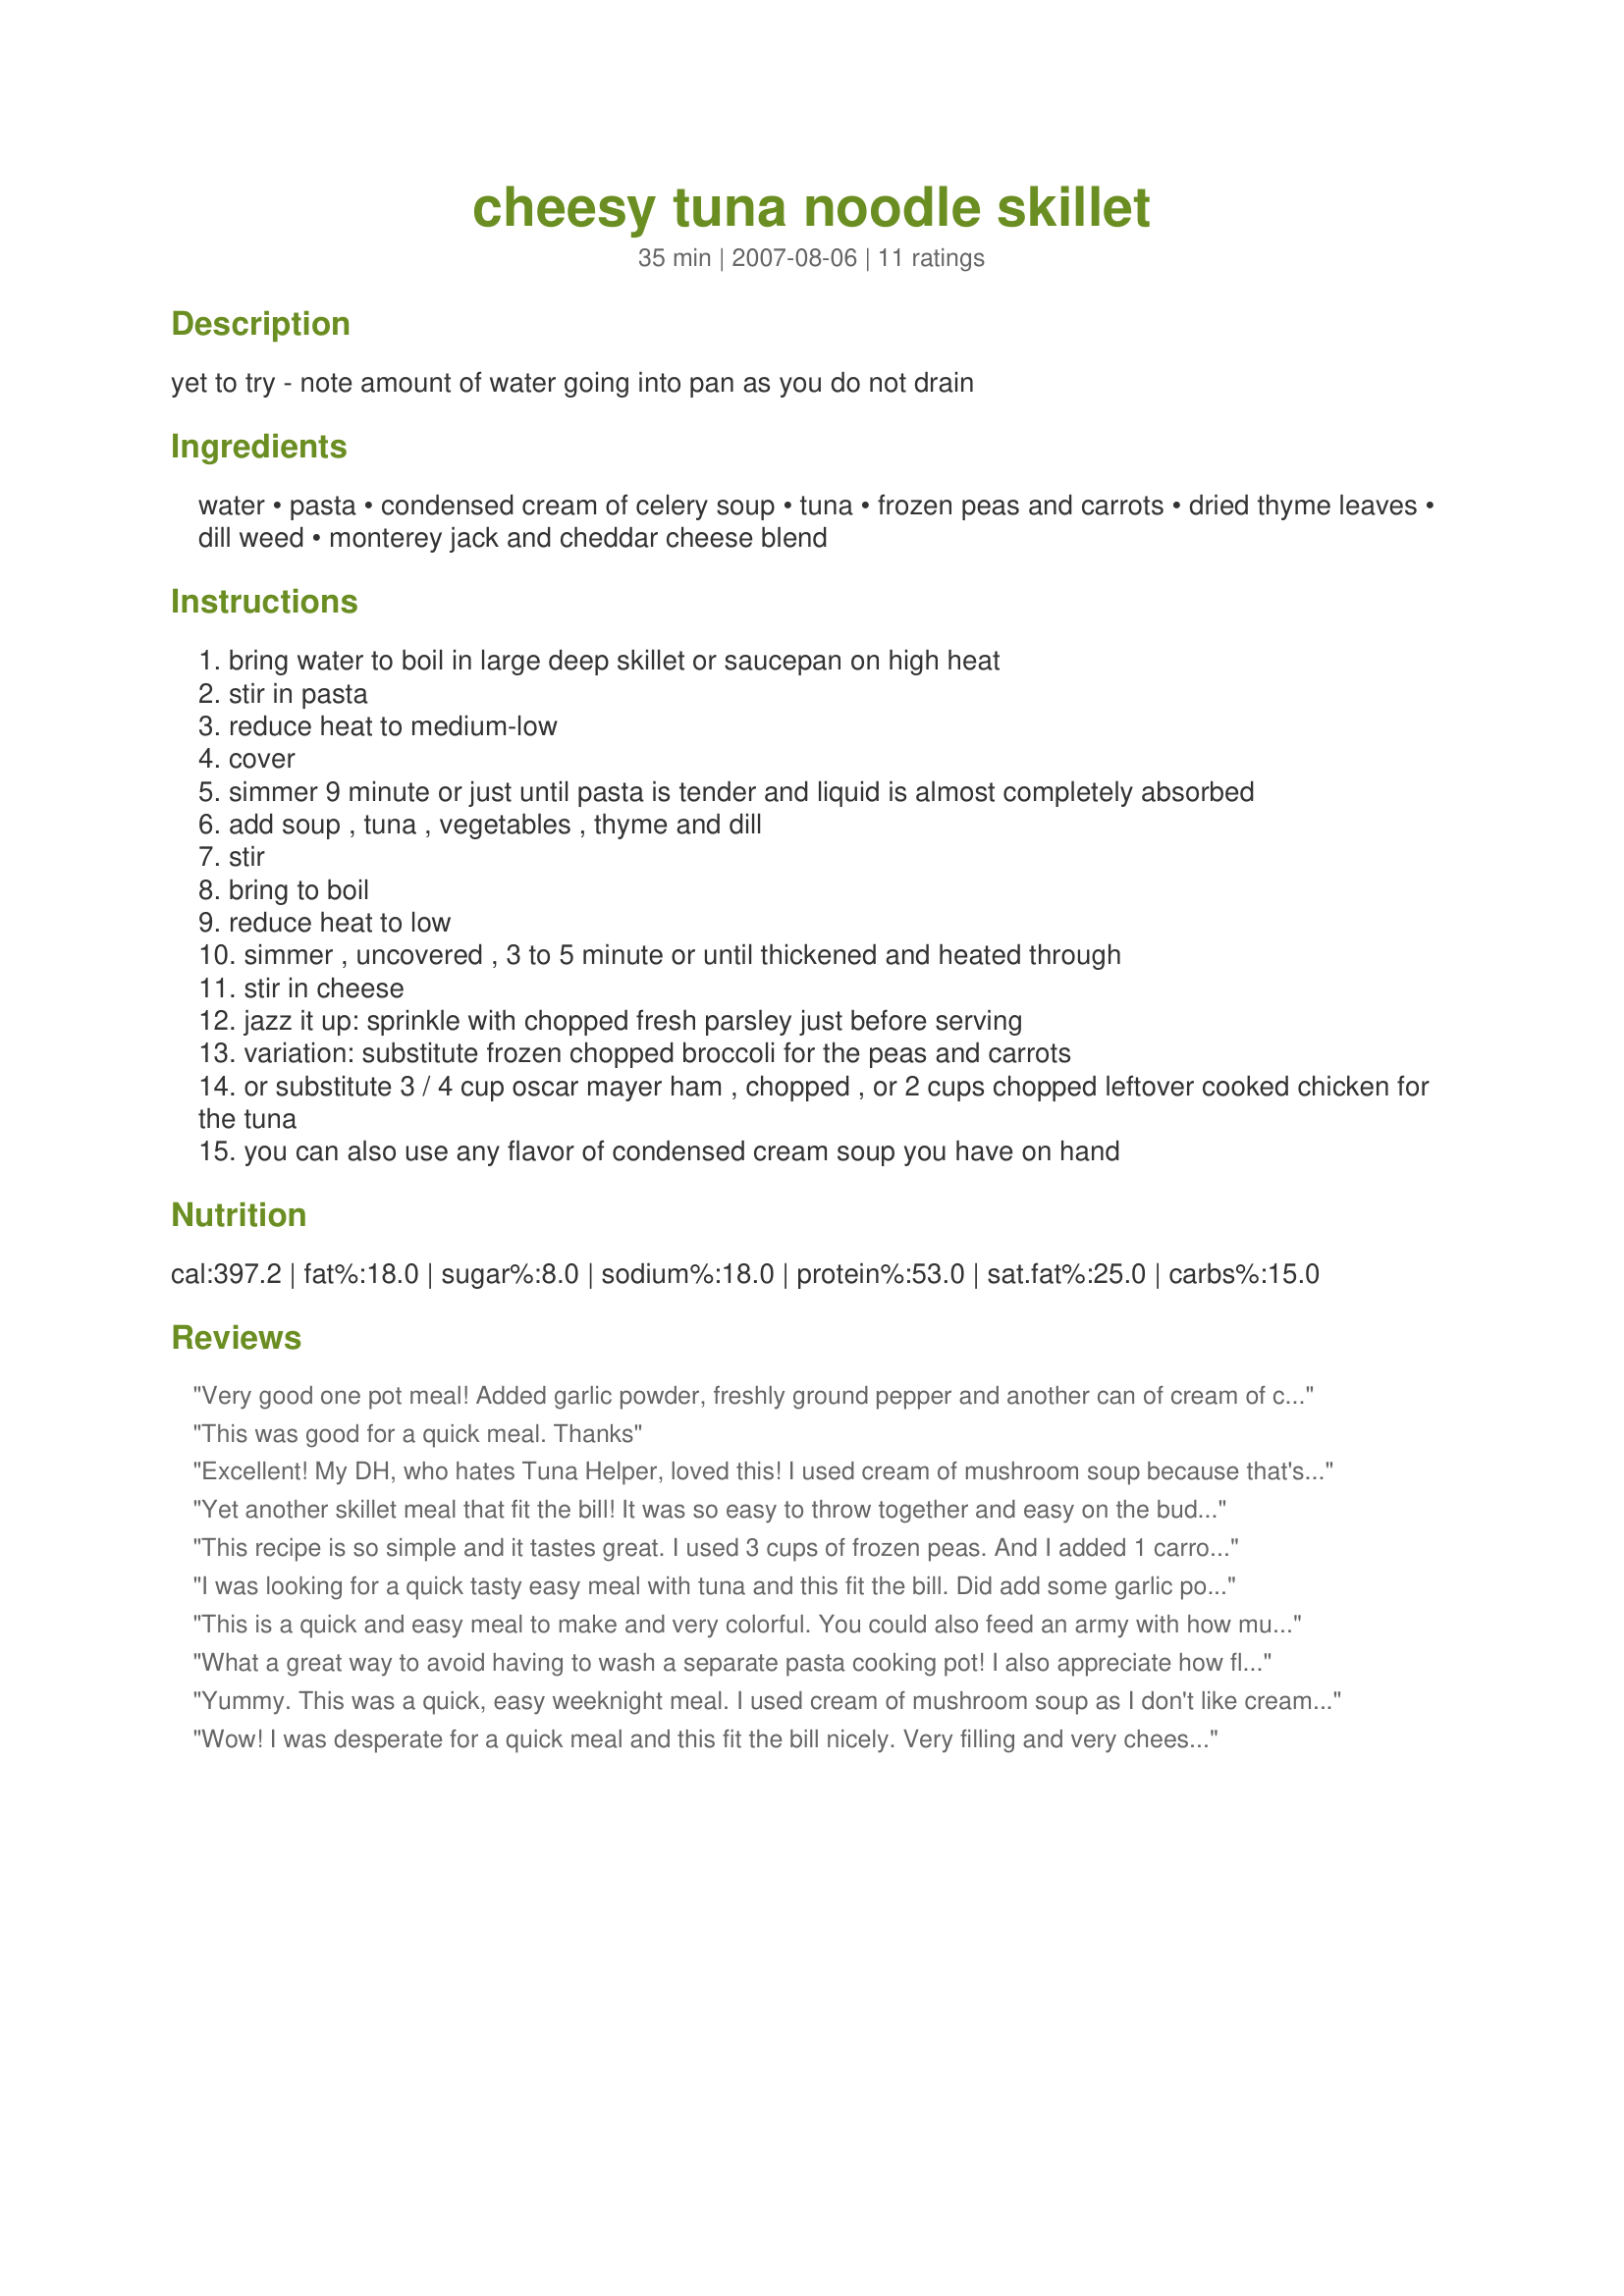
cheesy tuna noodle skillet
Preparation time: 35 minutes

yet to try - note amount of water going into pan as you do not drain

Ingredients:
water, pasta, condensed cream of celery soup, tuna, frozen peas and carrots, dried thyme leaves, dill weed, monterey jack and cheddar cheese blend

Steps:
bring water to boil in large deep skillet or saucepan on high heat
stir in pasta
reduce heat to medium-low
cover
simmer 9 minute or just until pasta is tender and liquid is almost completely absorbed
add soup , tuna , vegetables , thyme and dill
stir
bring to boil
reduce heat to low
simmer , uncovered , 3 to 5 minute or until thickened and heated through
stir in cheese
jazz it up: sprinkle with chopped fresh parsley just before serving
variation: substitute frozen chopped broccoli for the peas and carrots
or substitute 3 / 4 cup oscar mayer ham , chopped , or 2 cups chopped leftover cooked chicken for the tuna
you can also use any flavor of condensed cream soup you have on hand

Reviews:
Very good one pot meal! Added garlic powder, freshly ground pepper and another can of cream of celery (98% fat free) to make it creamier . Also when boiling the pasta added some salt to the water. Turned out perfect and had some for lunch the next day!
This was good for a quick meal. Thanks
Excellent! My DH, who hates Tuna Helper, loved this! I used cream of mushroom soup because that's all I had. For the peas, I used a veggie mix. Wonderful! I will be making this again!
Yet another skillet meal that fit the bill! It was so easy to throw together and easy on the budget as well. I followed the recipe exactly except that I used cream of mushroom soup because I couldn't find creme of celery, and I would have cut down or omitted the dill if I were making for just myself. Purely a personal preference.

Thanks for a winner!
This recipe is so simple and it tastes great. I used 3 cups of frozen peas. And I added 1 carrot, grated, but at the end. I used only cheddar cheese. Thanks Michelle. Made for Zaar Star Game
I was looking for a quick tasty easy meal with tuna and this fit the bill. Did add some garlic powder and pepper and dried onions because I like a lot of flavor. Used Healthy cream of chicken soup as that was all I had on hand and used whole wheat pasta noodles. Hubby really loved it too. No leftovers at our house!
This is a quick and easy meal to make and very colorful. You could also feed an army with how much it makes, more then 6 servings. On step 5, I did have to add a soup can of water. I think I might double the herbs next time. This was so very good, thank you for posting Michelle. Made for *1 2 3 Hit Wonders* game 2007
What a great way to avoid having to wash a separate pasta cooking pot! I also appreciate how flexible this recipe is. I used several of the variations discussed: chicken in place of tuna and cream of chicken in place of cream of celery. I also used bowties and a full 16 ounces of veggies, and no cheese. It was good that way, but I know it will be better as originally written. One other note: with bigger pasta, you will probably end up with a longer cook time; my version took over twenty minutes.
Yummy. This was a quick, easy weeknight meal. I used cream of mushroom soup as I don't like cream of celery. I also used canned peas instead of frozen peas and carrots as I don't care for frozen veggies. I also added 2 cups of cheese as we love cheese. Really enjoyed this and will be making again.
Wow! I was desperate for a quick meal and this fit the bill nicely. Very filling and very cheesy. A keeper!
This gets 5 stars for ease of preparation, but 3 stars for taste. I used macaroni, cream of mushroom instead of cream of celery (personal preference), canned veggies, no thyme or dill weed (just salt & pepper). While the flavors were all there, the sauce dried up considerably by the time we went back for seconds, and the dish was too dry to keep for leftovers. I might make this again, and add some buttermilk or half & half to juicen it up a bit. Not a bad recipe, but it needs some tweaking.
